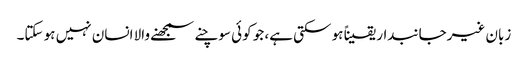
زبان غیرجانبدار یقیناً ہو سکتی ہے، جو کوئی سوچنے سمجھنے والا انسان نہیں ہو سکتا۔